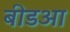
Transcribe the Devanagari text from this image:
बीडआ